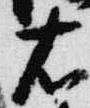
右